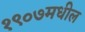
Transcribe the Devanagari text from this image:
१९०७मधील